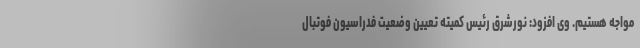
مواجه هستیم. وی افزود: نورشرق رئیس کمیته تعیین وضعیت فدراسیون فوتبال